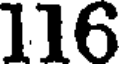
116